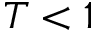
T < 1